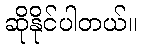
ဆိုနိုင်ပါတယ်။